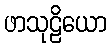
ဖာသုဠိယော